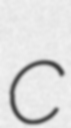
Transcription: c